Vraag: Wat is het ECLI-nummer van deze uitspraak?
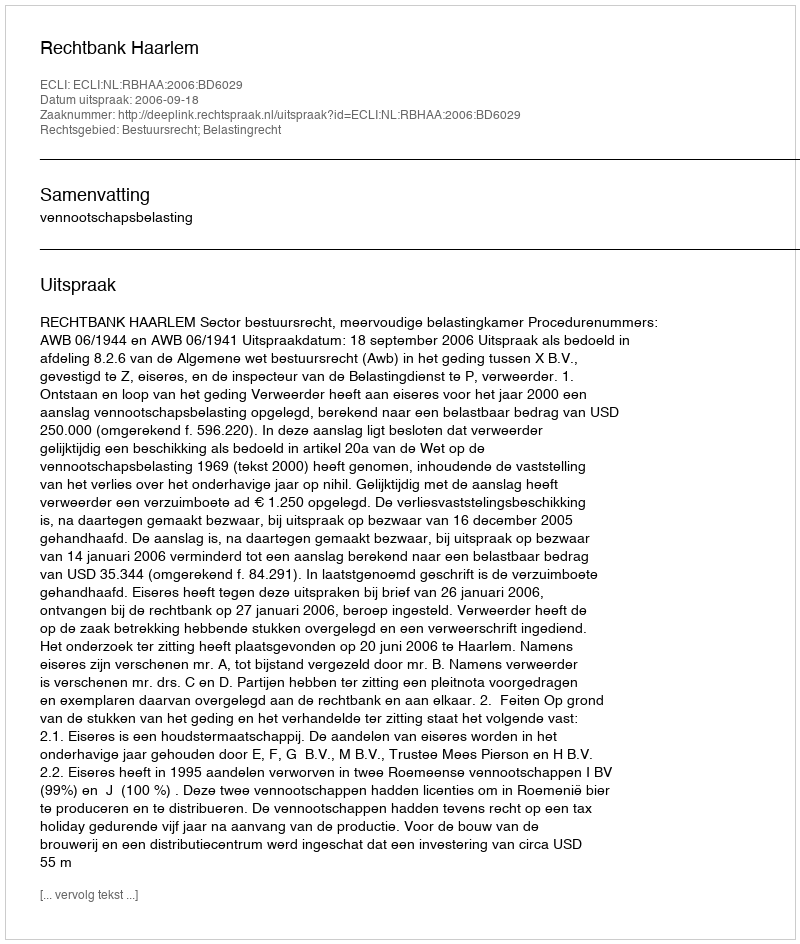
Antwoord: ECLI:NL:RBHAA:2006:BD6029